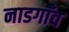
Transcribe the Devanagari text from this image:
नाडगाँव